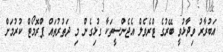
އަބުރާރު ވިދާޅުވީ ބޭރުގެ ޓްރެވެލް އެޖެންސީތަކާ ގުޅިގެން މި ދަތުރުތައް ޕްރޮމޯޓް ކުރުމަށް